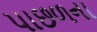
પાછળના